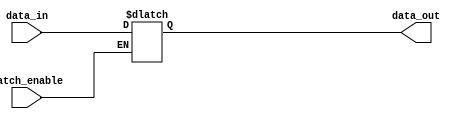
module latch_if2 (data_out, data_in, latch_enable);
  output	[3: 0] 	data_out; 
  input 	[3: 0] 	data_in;
  input 		latch_enable;
  reg 	[3: 0] 	data_out;
 
  always @  (latch_enable or data_in)
    if (latch_enable) data_out = data_in;	// Incompletely specified	
endmodule